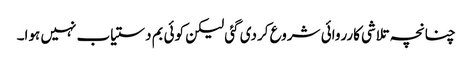
چنانچہ تلاشی کارروائی شروع کردی گئی لیکن کوئی بم دستیاب نہیں ہوا۔